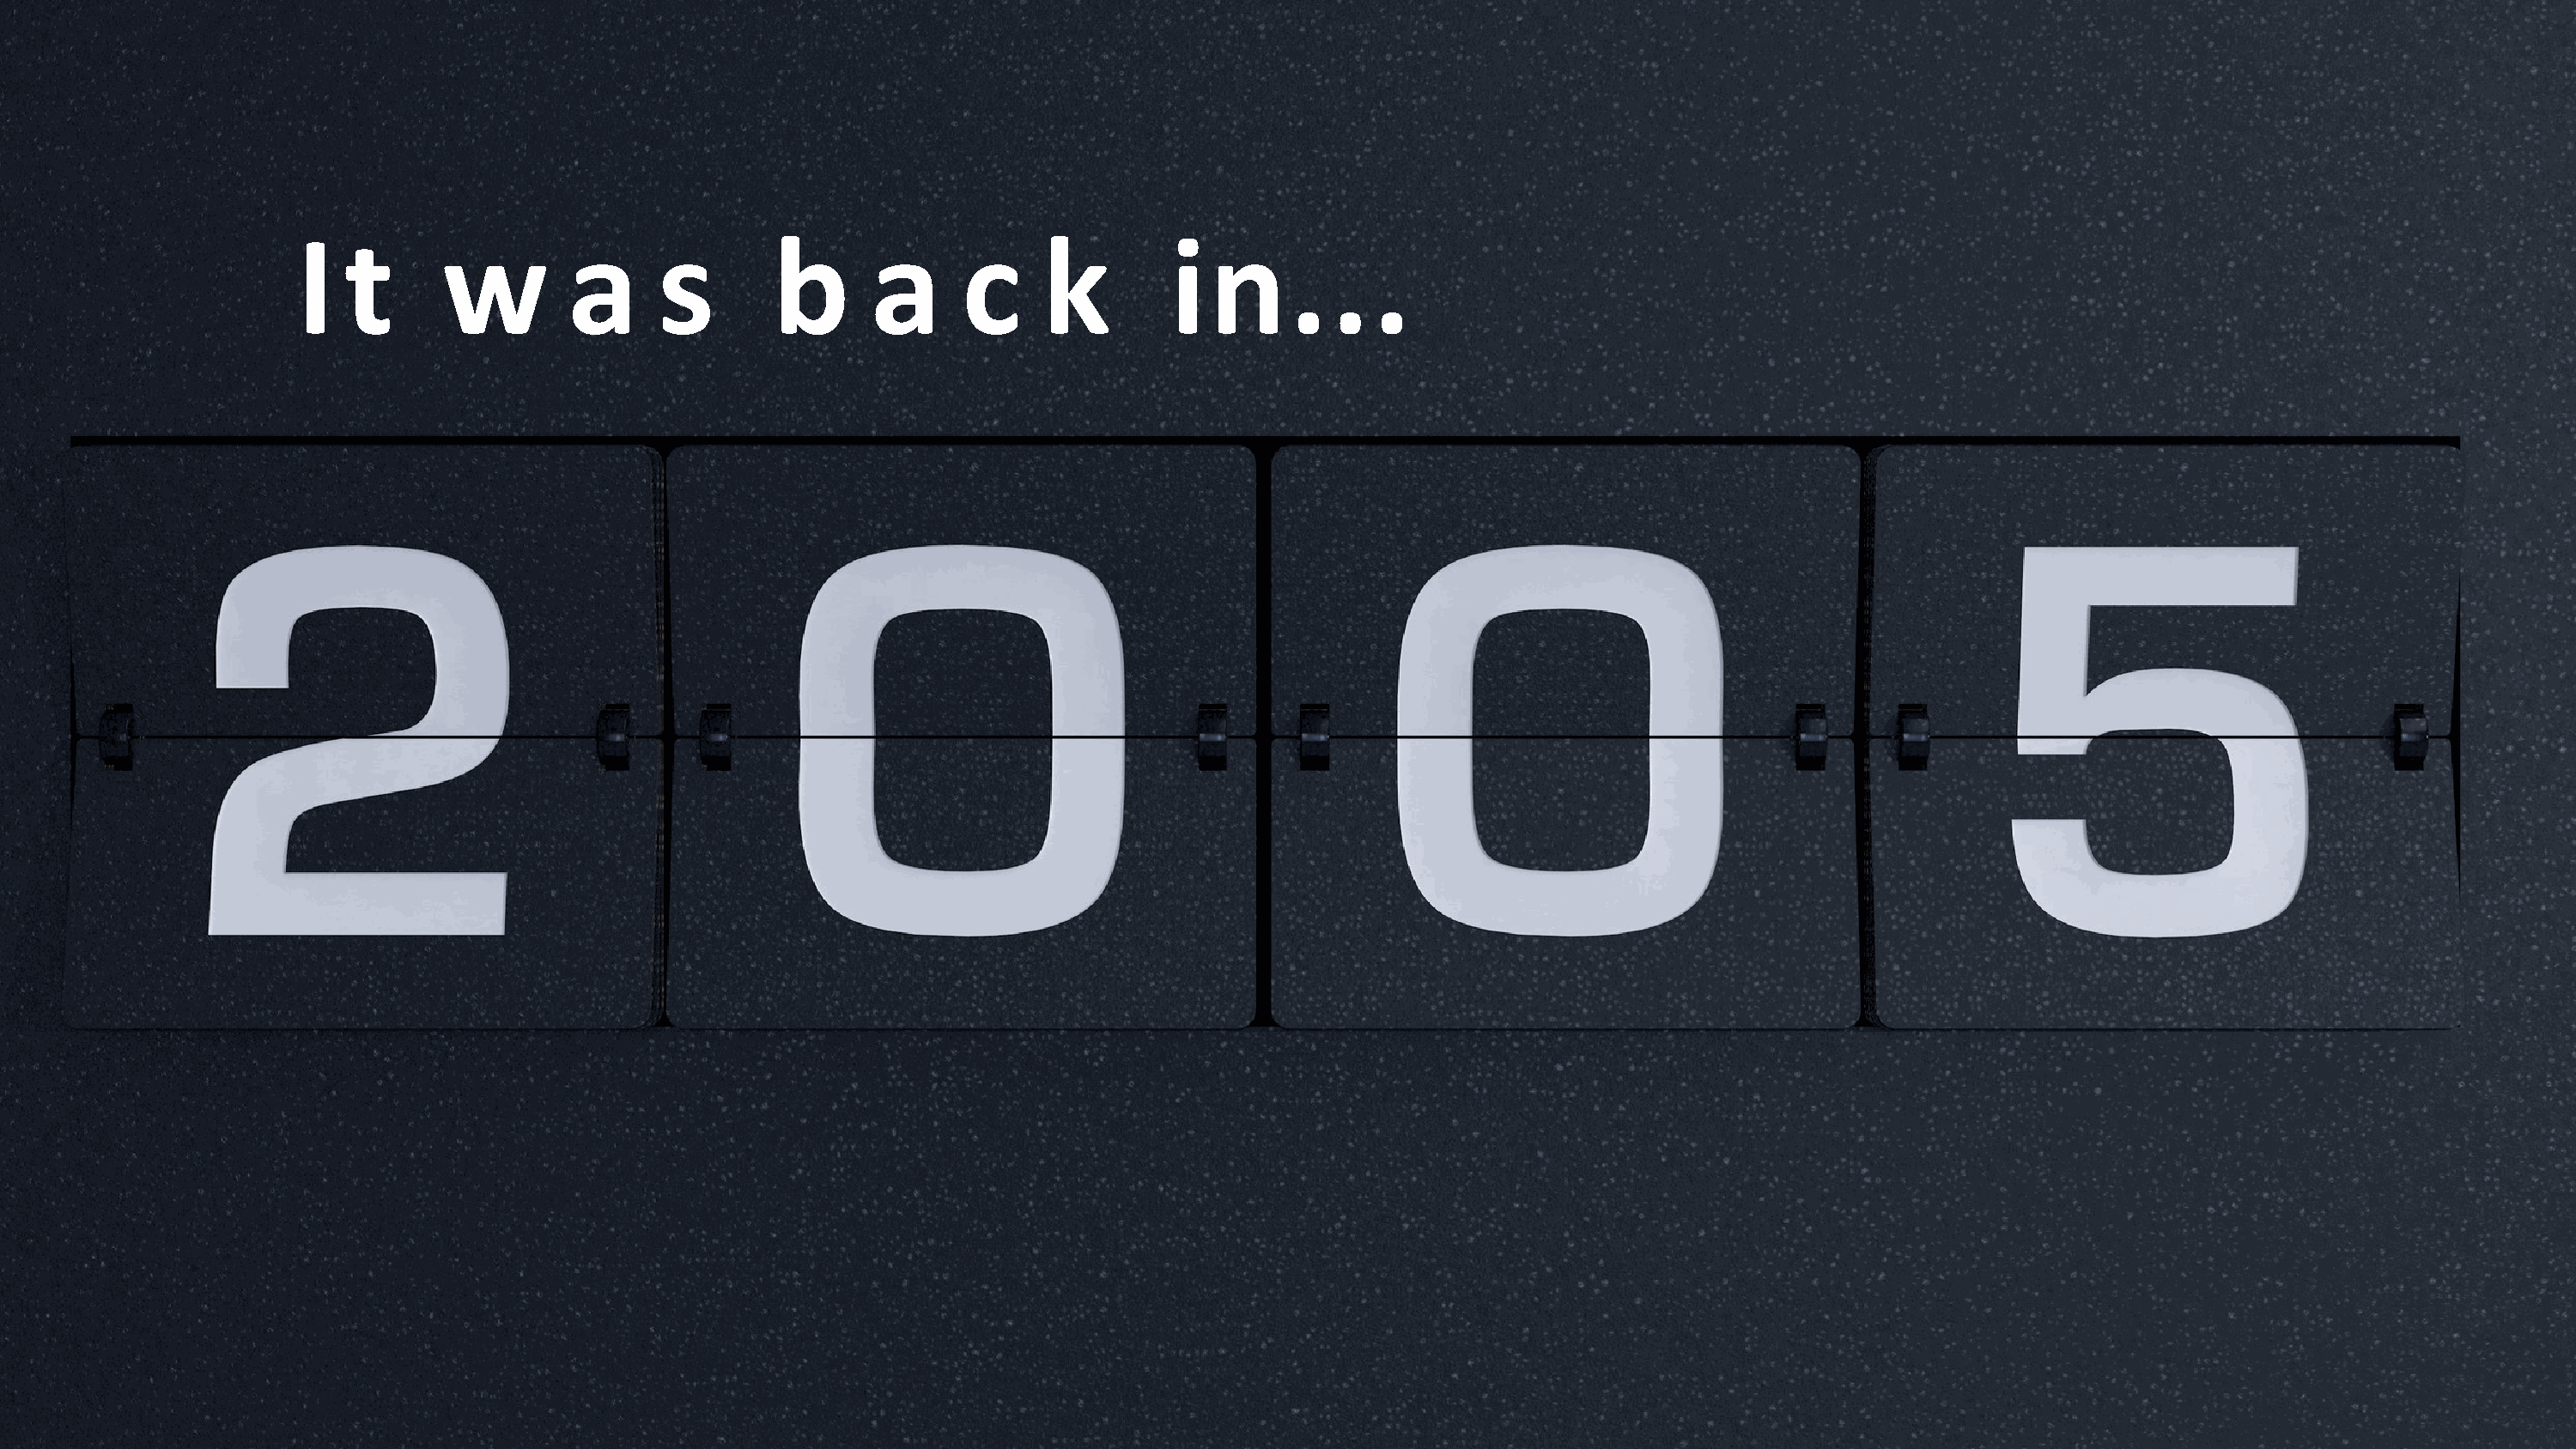
I   t      w         a      s        b      a      c     k         in...